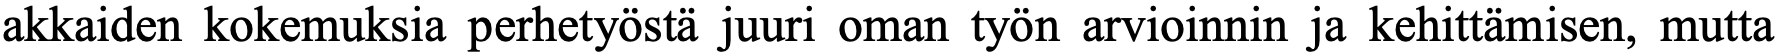
akkaiden kokemuksia perhetyöstä juuri oman työn arvioinnin ja kehittämisen, mutta